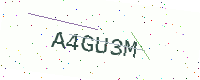
Text: A4GU3M